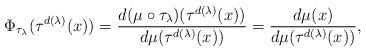
LaTeX: \begin{align*}\Phi_{\tau_\lambda}(\tau^{d(\lambda)}(x))=\frac{d(\mu\circ\tau_\lambda)(\tau^{d(\lambda)}(x))}{d\mu(\tau^{d(\lambda)}(x))}=\frac{d\mu(x)}{d\mu(\tau^{d(\lambda)}(x))},\end{align*}